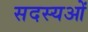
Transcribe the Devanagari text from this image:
सदस्यओं